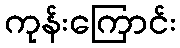
ကုန်းကြောင်း